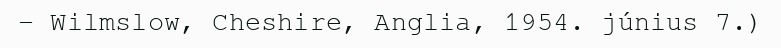
– Wilmslow, Cheshire, Anglia, 1954. június 7.)